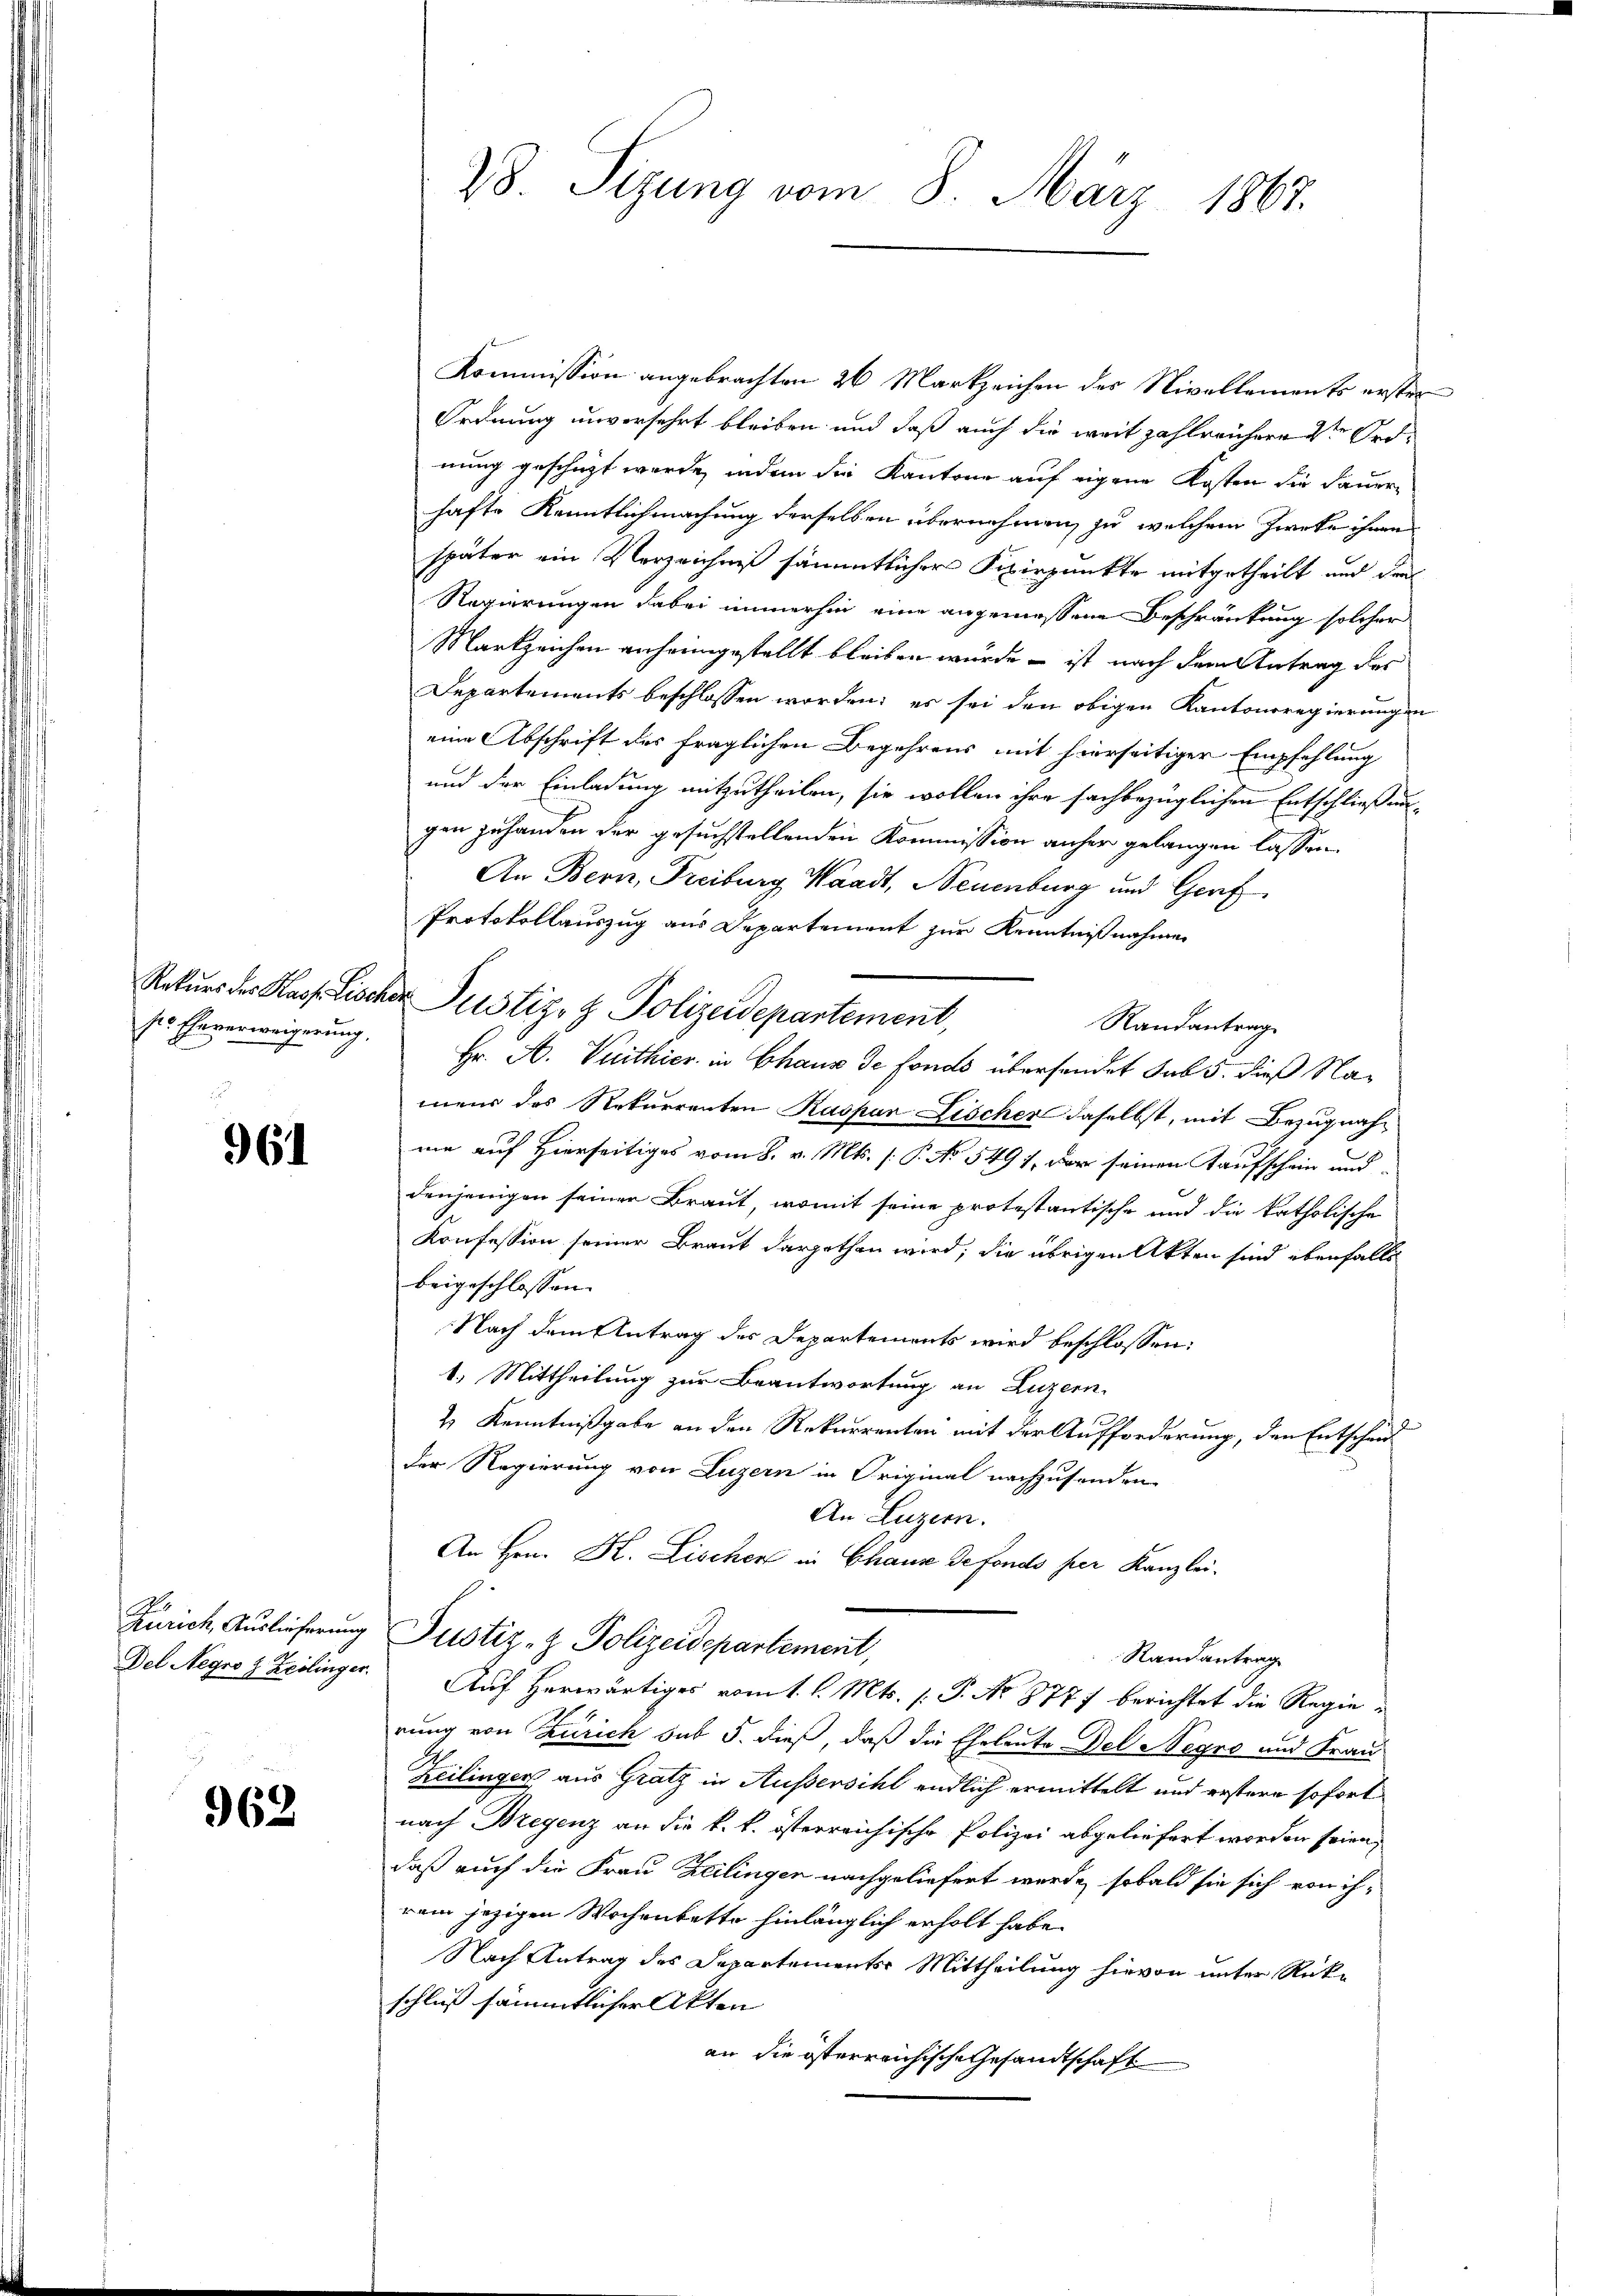
ser Eheverweigerung,

961

Zu
Zürich, Auslieferung
Del Negro z. Zeilinger.

962

Kommission angebrachten 26 Markzeichen des Nivellements erster
Ordnung unversehrt bleiben und daß auch die weit zahlreichere 2ten Ordnung geschüzt werde, indem die Kantone auf eigene Kosten die Dauern
hafte Kenntlichmachung derselben übernehmen, zu welchem Zweke ihnen
später ein Verzeichniß sämmtlicher Fixirpunkte mitgetheilt und der
Regierungen dabei immerhin eine angemessene Beschränkung solcher
Markzeichen anheimgestellt bleiben würde – ist nach dem Antrag des
Departements beschlossen worden; es sei den obigen Kantonsregierungen
eine Abschrift des fraglichen Begehrens mit hierseitiger Empfehlung
und der Einladung mitzutheilen, sie wollen ihre sachbezüglichen Entschließungen zuhanden der gesuchstellenden Kommission anher gelangen lassen.
An Bern, Freiburg Waadt, Neuenburg und Genf
Protokollauszug aus Departement zur Kenntnißnahme
Randantrag
Hr. A. Tuithier in Chaus de fonds übersendet sub 5. dieß Nameir das Rekurrenten Kaspar Lischer daselbst, mit Bezugnahme auf Hierseitiges vom 8. v. Mts. (: P. No. 5491, der seinen Kaufschein und
denjenigen seiner Braut, womit seine protestantische und die katholische
Konfession seiner Braut dargethan wird; die übrigen Akten sind ebenfalls
beigeschlossen.
Nach dem Antrag des Departements wird beschlossen:
1. Mittheilung zur Beantwortung an Luzern
2) Kenntnißgabe an den Rekurrenten mit der Aufforderung, den Entscheid
der Regierung von Luzern in Original nachzusenden
An Luzern.
An Hrn. H. Lischen in Chaus defonds her Kanzlei.
Justiz- & Polizeidepartement,
Randantrag
 Auf herwärtiges vom 1. l. Mts. 1. P. No 8777 berichtet die Regierung von Zürich sub 5. dieß, daß die Eheleute Del Negro und Frau
Zeilinger aus Gratz in Aussersihl endlich ermittelt und erstere sofort
nach Bregenz an die k. k. österreichische Polizei abgeliefert worden seien,
daß auch die Frau Heilingen nachgeliefert werde, sobald sie sich von ih-
rem jezigen Wochenbette hinlänglich erholt habe.
Nach Antrag des Departements Mittheilung hievon unter Rückschluß sämmtlicher Akten
an die österreichische Gesandtschaft

28. Sizung vom 8. März 1867.

Rekurs der Kass. Lischer Justiz- & Polizeidepartement,